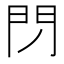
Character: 閁